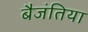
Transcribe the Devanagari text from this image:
बैजंतिया